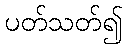
ပတ်သတ်၍